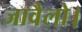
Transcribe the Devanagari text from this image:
जावैलो।